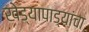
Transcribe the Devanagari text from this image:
खेड्यापाड्यांचा